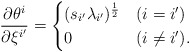
\begin{align*}\frac{ \partial \theta^i}{\partial \xi^{i'}} & =\begin{cases}(s_{i'} \lambda_{i'} )^{\frac{1}{2}} & (i = i') \\0 & (i \neq i').\end{cases}\end{align*}